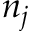
n _ { j }